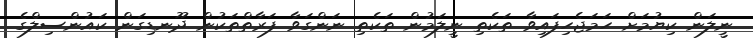
ނީލަން ކިޔުމަށް ހަމަޖެހިފައިވާ ތަކެތި ނީލަމުން ތަކެތި ނަންގަވާ ފަރާތްތަކުން ދޫނޑިގަން ކައުންސިލްގެ